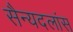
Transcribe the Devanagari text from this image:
सैन्यदलांस